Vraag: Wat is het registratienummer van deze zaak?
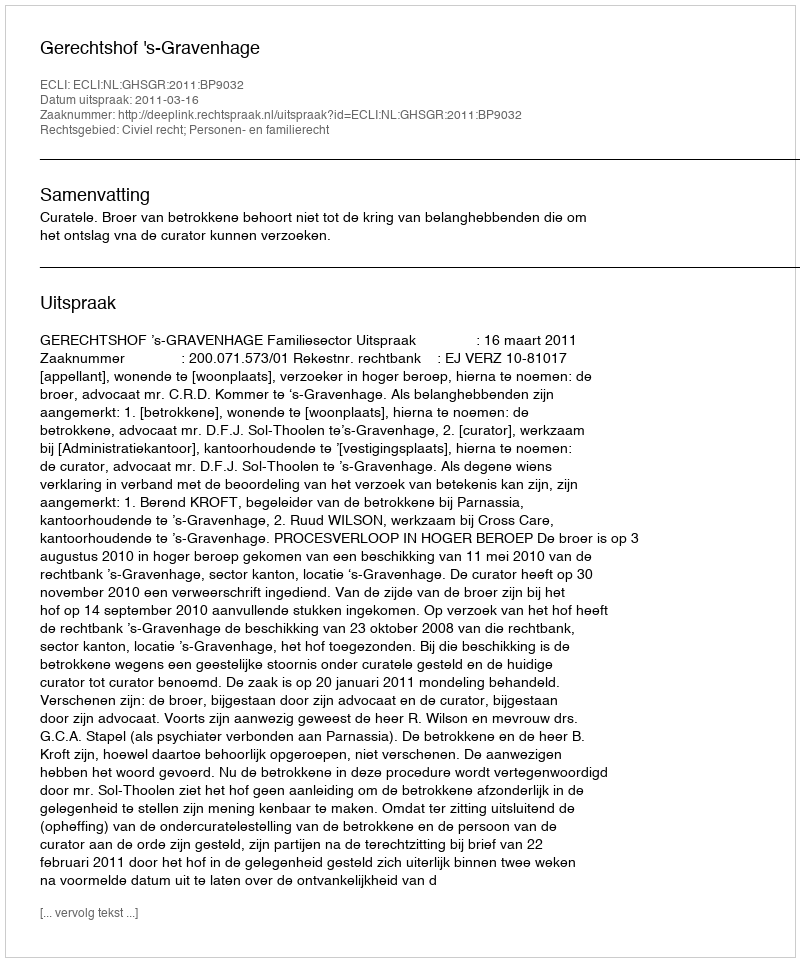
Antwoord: http://deeplink.rechtspraak.nl/uitspraak?id=ECLI:NL:GHSGR:2011:BP9032